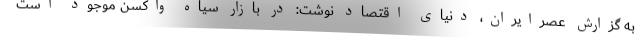
به گزارش عصرایران، دنیای ‌اقتصاد نوشت: در بازار سیاه واکسن موجود است